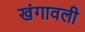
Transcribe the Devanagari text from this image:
खंगावली